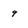
Character: 9